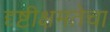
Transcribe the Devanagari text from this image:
दृष्टीक्षमतेचा